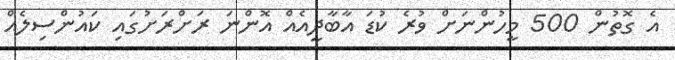
އެ ގޮތުން 500 މީހުންނަށް ވުރެ ކުޑަ އާބާދީއެއް އޮންނަ ރަށްރަށުގައި ކައުންސިލެއް